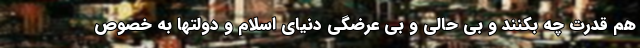
هم قدرت چه بکنند و بی حالی و بی عرضگی دنیای اسلام و دولتها به خصوص